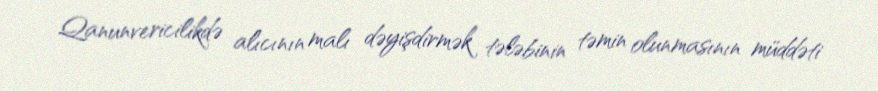
Qanunvericilikdə alıcının malı dəyişdirmək tələbinin təmin olunmasının müddəti